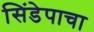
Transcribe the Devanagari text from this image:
सिंडेपाचा